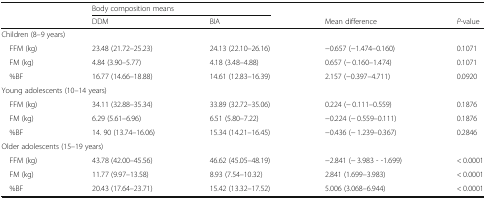
|  | <COLSPAN=2> Body composition means |  |  |
 |  | DDM | BIA | Mean difference | P-value |
 | --- | --- | --- | --- | --- |
 | <COLSPAN=5> Children (8–9 years) |
 | FFM (kg) | 23.48 (21.72–25.23) | 24.13 (22.10–26.16) | −0.657 (−1.474–0.160) | 0.1071 |
 | FM (kg) | 4.84 (3.90–5.77) | 4.18 (3.48–4.88) | 0.657 (− 0.160–1.474) | 0.1071 |
 | %BF | 16.77 (14.66–18.88) | 14.61 (12.83–16.39) | 2.157 (−0.397–4.711) | 0.0920 |
 | <COLSPAN=5> Young adolescents (10–14 years) |
 | FFM (kg) | 34.11 (32.88–35.34) | 33.89 (32.72–35.06) | 0.224 (− 0.111–0.559) | 0.1876 |
 | FM (kg) | 6.29 (5.61–6.96) | 6.51 (5.80–7.22) | −0.224 (− 0.559–0.111) | 0.1876 |
 | %BF | 14. 90 (13.74–16.06) | 15.34 (14.21–16.45) | −0.436 (− 1.239–0.367) | 0.2846 |
 | <COLSPAN=5> Older adolescents (15–19 years) |
 | FFM (kg) | 43.78 (42.00–45.56) | 46.62 (45.05–48.19) | −2.841 (− 3.983 - -1.699) | < 0.0001 |
 | FM (kg) | 11.77 (9.97–13.58) | 8.93 (7.54–10.32) | 2.841 (1.699–3.983) | < 0.0001 |
 | %BF | 20.43 (17.64–23.71) | 15.42 (13.32–17.52) | 5.006 (3.068–6.944) | < 0.0001 |